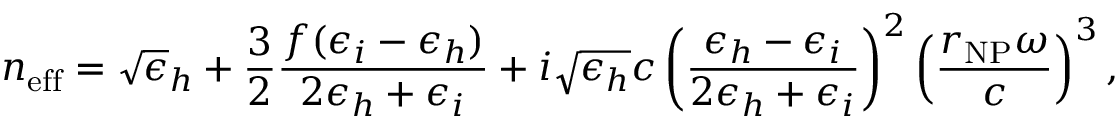
n _ { \mathrm { e f f } } = \sqrt \epsilon _ { h } + \frac 3 2 \frac { f ( \epsilon _ { i } - \epsilon _ { h } ) } { 2 \epsilon _ { h } + \epsilon _ { i } } + i \sqrt { \epsilon _ { h } } { c } \left( \frac { \epsilon _ { h } - \epsilon _ { i } } { 2 \epsilon _ { h } + \epsilon _ { i } } \right) ^ { 2 } \left( \frac { r _ { \mathrm { N P } } \omega } { c } \right) ^ { 3 } ,